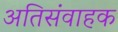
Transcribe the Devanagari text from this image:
अतिसंवाहक